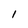
Character: 1